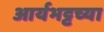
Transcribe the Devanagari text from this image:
आर्यभट्टच्या